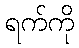
ရက်ကို